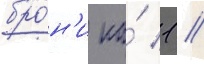
бро́н'и на́ 1 /